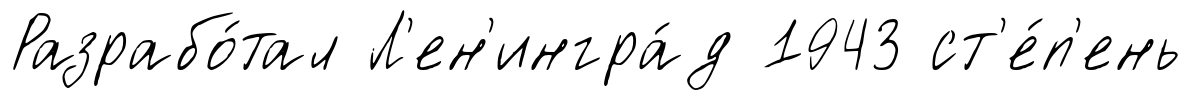
Разрабо́тал Л'ен'ингра́д 1943 ст'е́п'ень